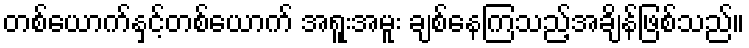
တစ်ယောက်နှင့်တစ်ယောက် အရူးအမူး ချစ်နေကြသည့်အချိန်ဖြစ်သည်။